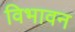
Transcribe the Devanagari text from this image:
विभावन